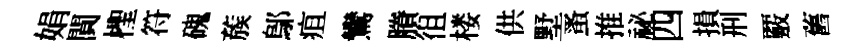
娟閴檉符磈蔟鄔疽鸞賸徂楼供墅蚤推祕四損刑覈舊